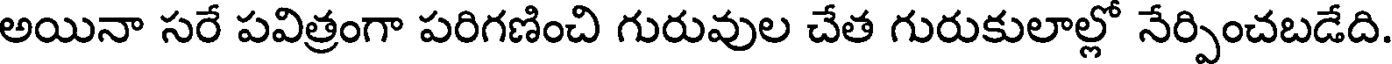
అయినా సరే పవిత్రంగా పరిగణించి గురువుల చేత గురుకులాల్లో నేర్పించబడేది